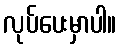
လုပ်ပေးမှာပါ။